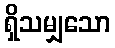
ရှိသမျှသော